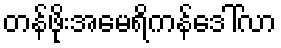
တန်ဖိုးအမေရိကန်ဒေါ်လာ